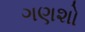
ગણશો